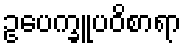
ဥပေက္ခူပဝိစာရာ